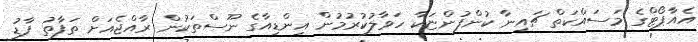
އެއާޕޯޓްގެ މަސައްކަތް ޗައިނާ ކުންފުންޏަކާ ހަވާލުކުރުމުން އިންޑިއާގެ ނޫސްތަކުން ރާއްޖެއަށް ތަފާތު ފާޑު